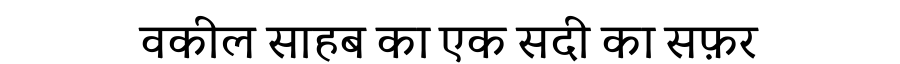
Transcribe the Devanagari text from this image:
वकील साहब का एक सदी का सफ़र